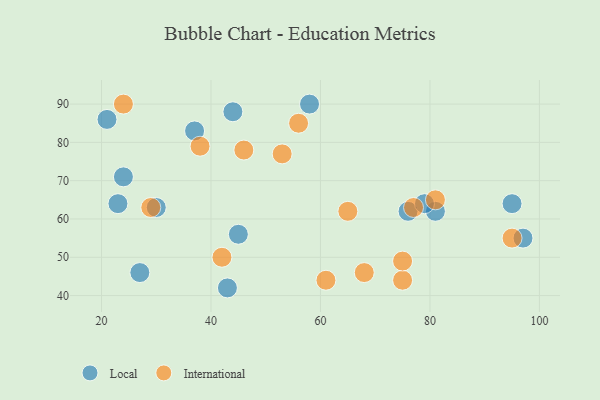
{"axis": {"x": "GDP", "y": "Life Expectancy"}, "legend": ["International", "Local"], "data": [{"x": "27", "y": 46, "type": "Local"}, {"x": "95", "y": 64, "type": "Local"}, {"x": "76", "y": 62, "type": "Local"}, {"x": "81", "y": 62, "type": "Local"}, {"x": "23", "y": 64, "type": "Local"}, {"x": "97", "y": 55, "type": "Local"}, {"x": "44", "y": 88, "type": "Local"}, {"x": "79", "y": 64, "type": "Local"}, {"x": "45", "y": 56, "type": "Local"}, {"x": "24", "y": 71, "type": "Local"}, {"x": "43", "y": 42, "type": "Local"}, {"x": "58", "y": 90, "type": "Local"}, {"x": "21", "y": 86, "type": "Local"}, {"x": "37", "y": 83, "type": "Local"}, {"x": "30", "y": 63, "type": "Local"}, {"x": "75", "y": 44, "type": "International"}, {"x": "65", "y": 62, "type": "International"}, {"x": "77", "y": 63, "type": "International"}, {"x": "61", "y": 44, "type": "International"}, {"x": "75", "y": 49, "type": "International"}, {"x": "29", "y": 63, "type": "International"}, {"x": "81", "y": 65, "type": "International"}, {"x": "68", "y": 46, "type": "International"}, {"x": "24", "y": 90, "type": "International"}, {"x": "46", "y": 78, "type": "International"}, {"x": "42", "y": 50, "type": "International"}, {"x": "95", "y": 55, "type": "International"}, {"x": "56", "y": 85, "type": "International"}, {"x": "38", "y": 79, "type": "International"}, {"x": "53", "y": 77, "type": "International"}]}